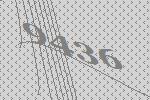
9436